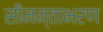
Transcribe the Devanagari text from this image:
सीमन्ताभरण